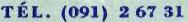
TÉL. (091) 2 67 31